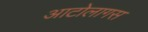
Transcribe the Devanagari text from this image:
आटोलागस